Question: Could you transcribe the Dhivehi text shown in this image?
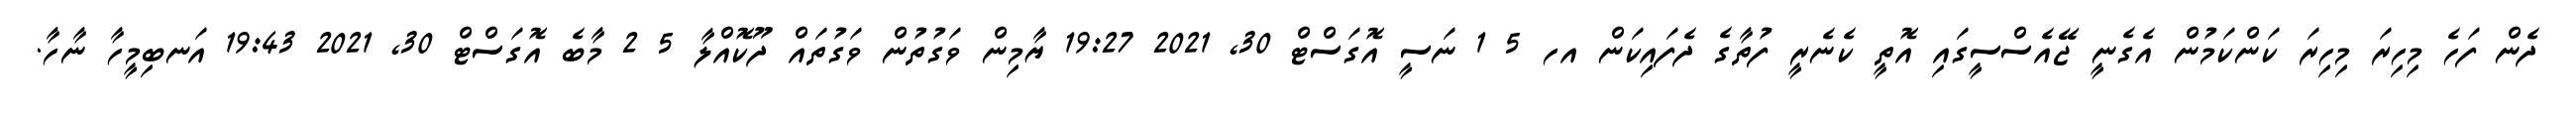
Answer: ދެން ފަހެ މިހިރަ މިހިރަ ކަންކަމުން އެގެނީ ޖޭއެސްސީގައި އޮތީ ކެނެރީ ފުތާގެ ދެފައިކަން އހ 5 1 ނަސީ އޮގަސްޓް 30, 2021 19:27 ޔާމިން ވަގުތުން ވަގުތައް ދޫކޮއްލާ 5 2 މާބެ އޮގަސްޓް 30, 2021 19:43 އަނބިމީހާ ނާހާ.